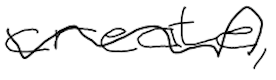
Text: create,
Cross-out: wave
Writing tool: digital_black